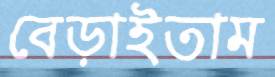
বেড়াইতাম